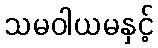
သမဝါယမနှင့်